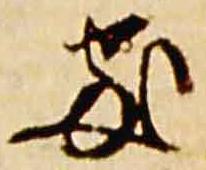
処